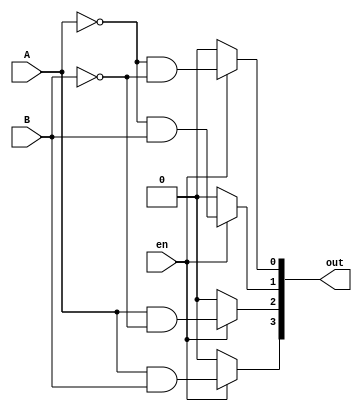
module dec2to4(A, B, en, out);
input A, B, en;
output reg [3:0] out;

always @(en or A or B)
begin
if(en==0) begin
 out = 4'b0000;
end
else begin 
 out[0] = (~A) & (~B);
 out[1] = (~A) & (B);
 out[2] = (A) & (~B);
 out[3] = A & B;
end
end
endmodule

module dec3to8 (A, B, C, out);
input A, B, C;
output [7:0] out;

dec2to4 decoder1(B, C, ~A, out [3:0]);
dec2to4 decoder2(B, C,  A, out[7:4]);

endmodule